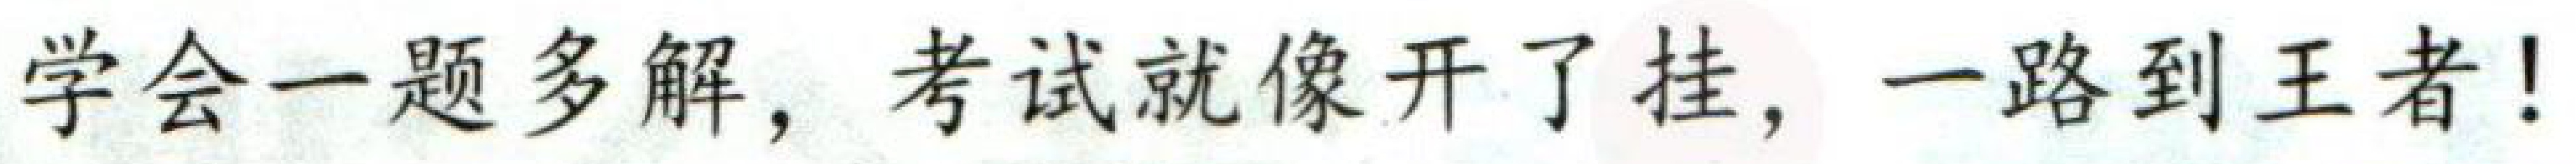
学会一题多解，考试就像开了挂，一路到王者！